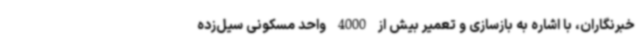
خبرنگاران، با اشاره به بازسازی و تعمیر بیش از 4000 واحد مسکونی سیل‌زده